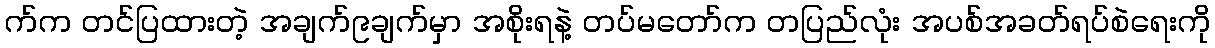
က်က တင်ပြထားတဲ့ အချက်၉ချက်မှာ အစိုးရနဲ့ တပ်မတော်က တပြည်လုံး အပစ်အခတ်ရပ်စဲရေးကို